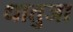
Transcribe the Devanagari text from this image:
धातुजा